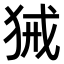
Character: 𤞫